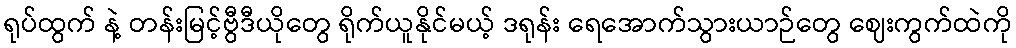
ရုပ်ထွက် နဲ့ တန်းမြင့်ဗွီဒီယိုတွေ ရိုက်ယူနိုင်မယ့် ဒရုန်း ရေအောက်သွားယာဉ်တွေ ဈေးကွက်ထဲကို